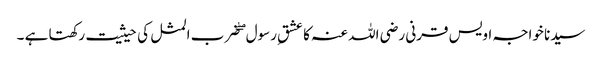
سیدنا خواجہ اویس قرنی رضی اللہ عنہ کا عشقِ رسول ۖ ضرب المثل کی حیثیت رکھتا ہے ۔